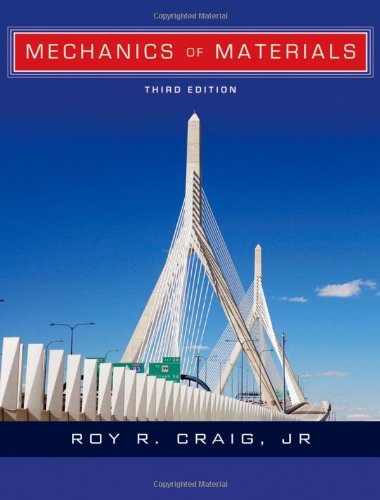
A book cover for Mechanics of Materials; Roy R. Craig; Science & Math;